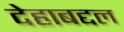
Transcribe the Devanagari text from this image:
देहाबद्दल